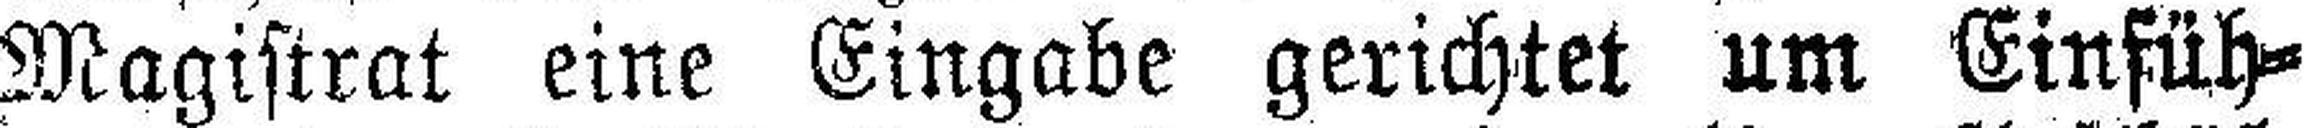
Magistrat eine Eingabe gerichtet um Einfüh¬